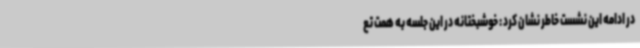
در ادامه این نشست خاطر نشان کرد : خوشبختانه در این جلسه به همت تع